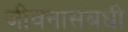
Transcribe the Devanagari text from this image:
जीवनासंबधी